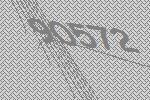
90572